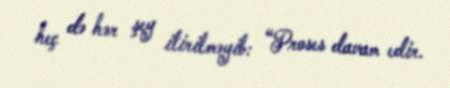
heç də hər şey itirilməyib: “Proses davam edir.